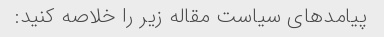
پیامدهای سیاست مقاله زیر را خلاصه کنید: